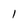
Character: 1